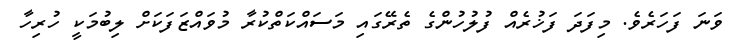
ވަނަ ފަހަރެވެ. މިފަދަ ފަޚުރެއް ފުލުހުންގެ ތެރޭގައި މަސައްކަތްކުރާ މުވައްޒަފަކަށް ލިބުމަކީ ހުރިހާ